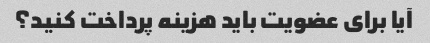
آیا برای عضویت باید هزینه پرداخت کنید؟